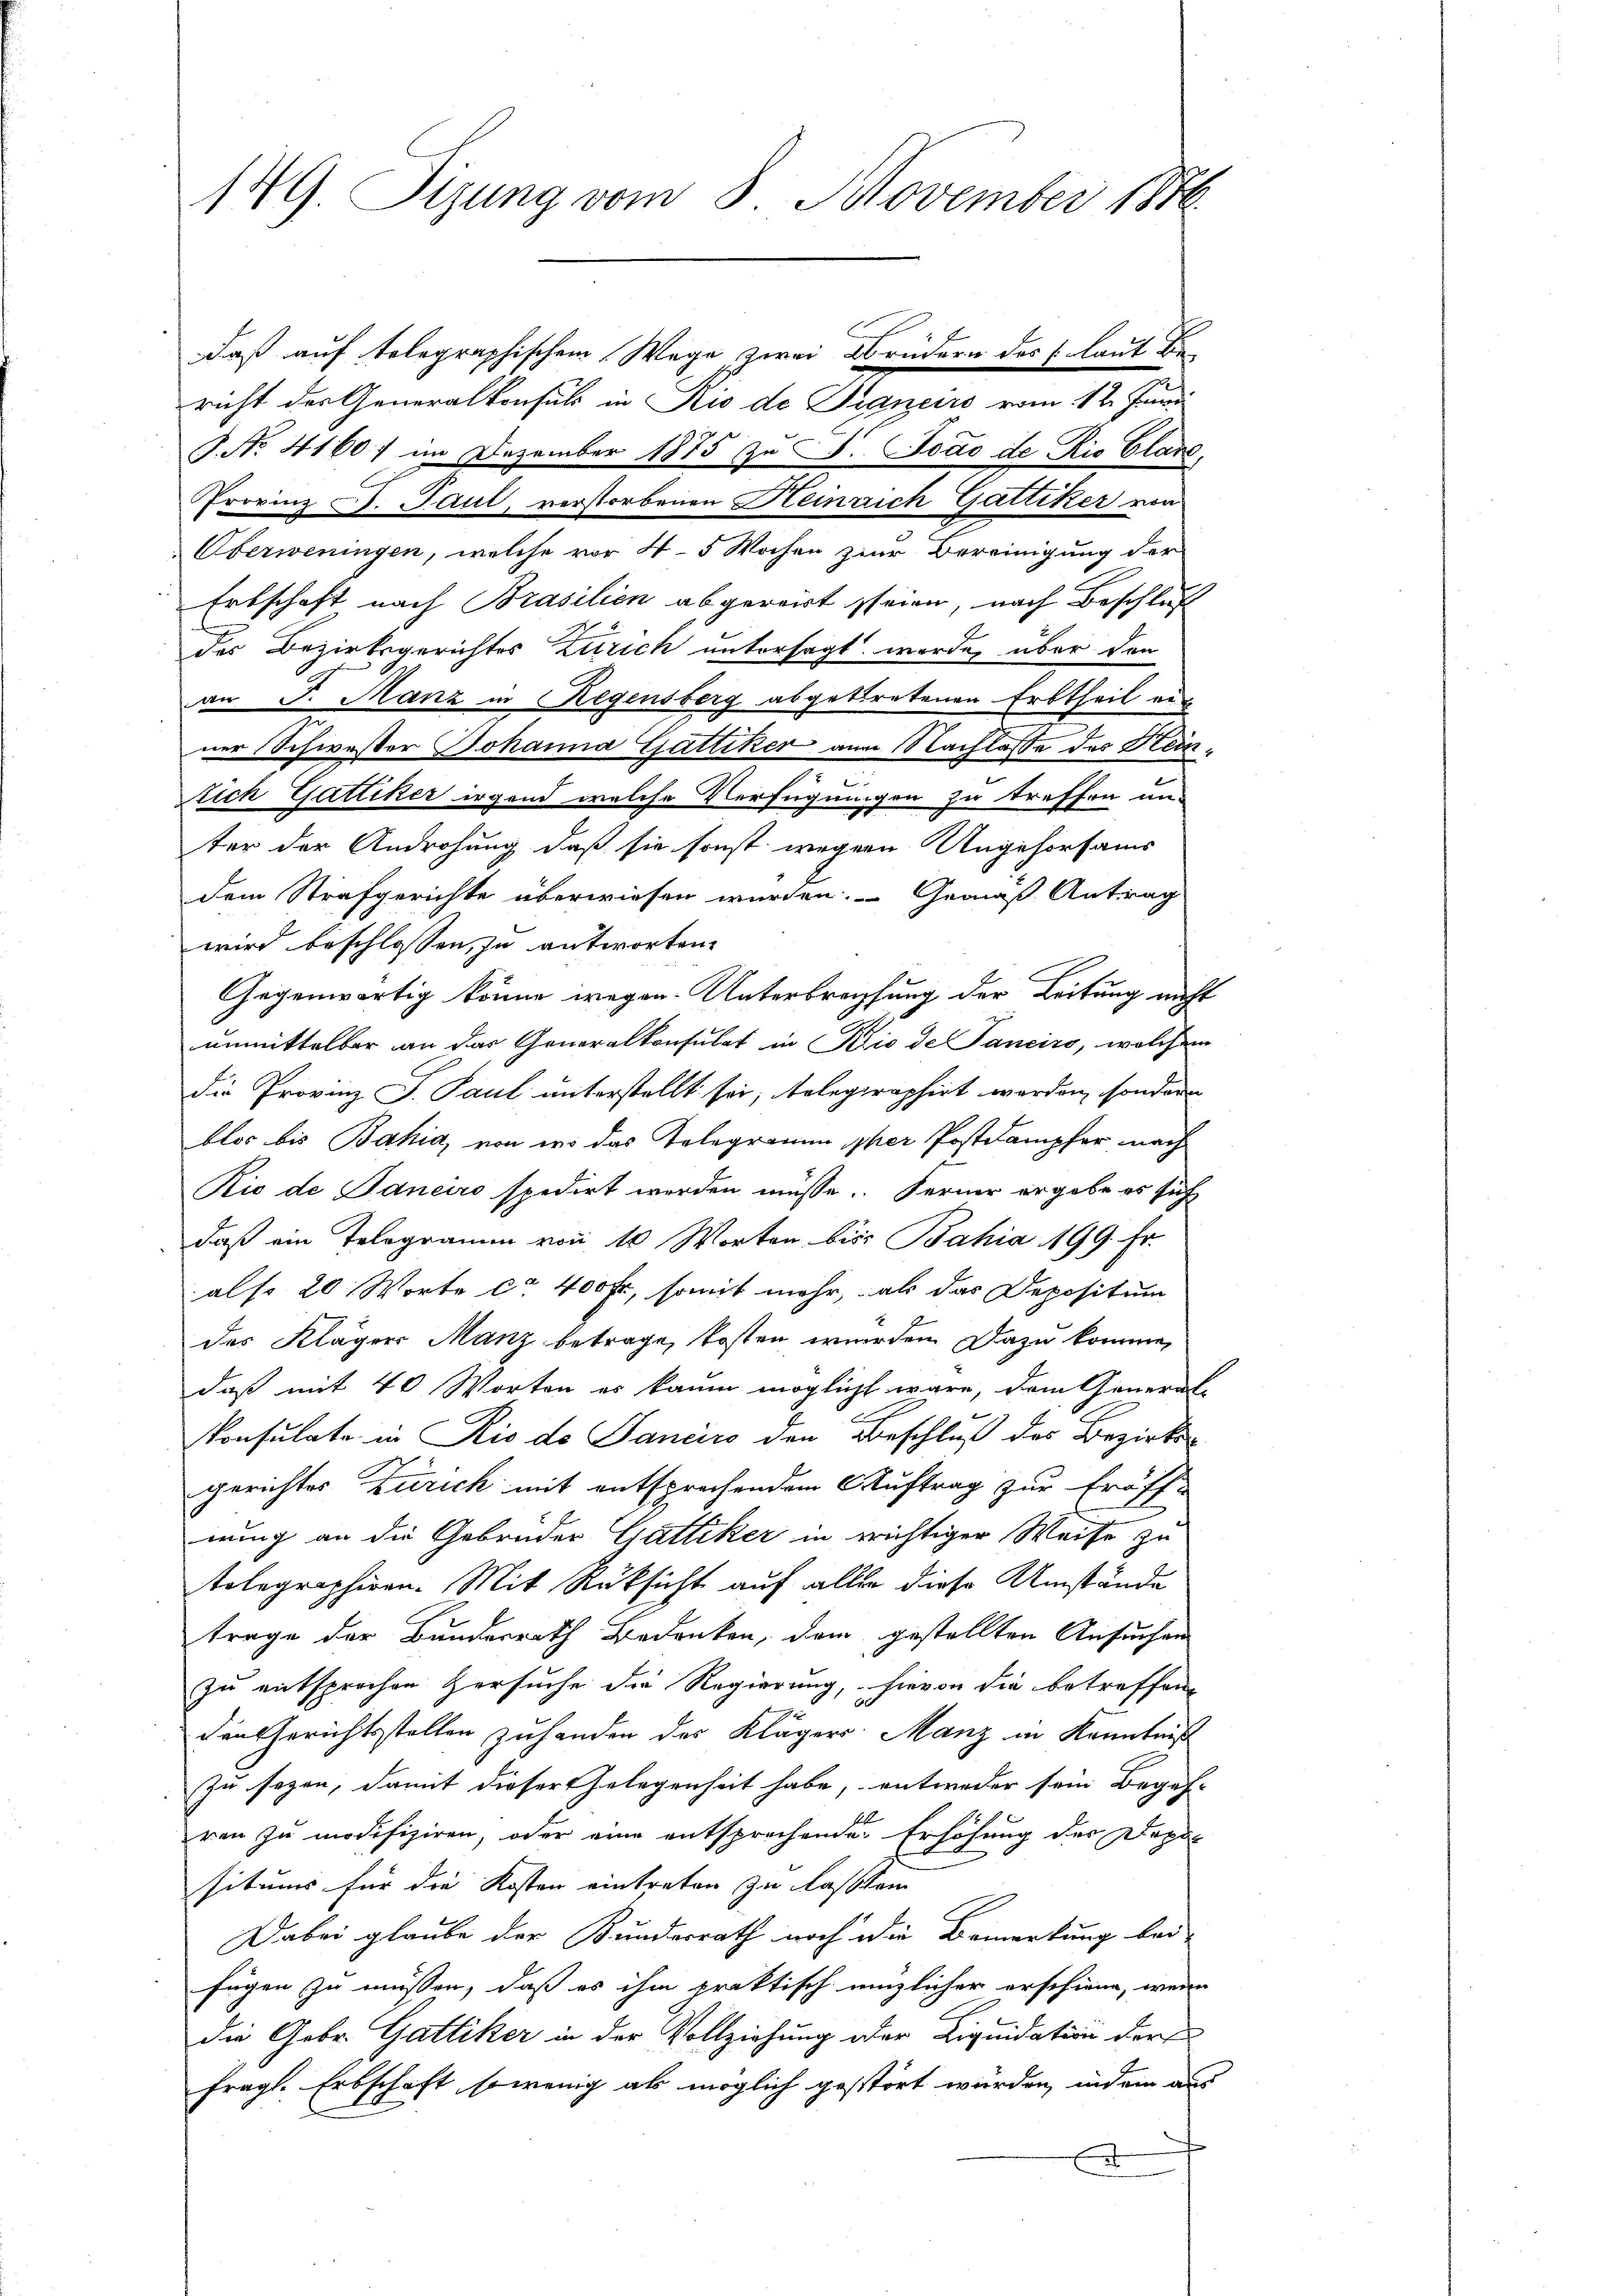
149. Sizung vom 8. November 1840

daß auf telegraphischem Wege zwei Abrüdern des 1 laut Bericht der Generalkonsuls in Rio de Signeiro vom 12. Junii
S. Nr. 4160) im Dezember 1875 zu S. Jodo de Rio Glarus
Provinz F. Paul, verstorbenen Heinrich Gattiker von
Oberweningen, welche vor 4-5 Wochen zum Bereinigung der
Erbschaft nach Brasilien abgereist seien, nach Beschluß
des Bezirksgerichtes Zürich untersagt werde, über den
an J. Manz in Regensberg abgetretenen Erbtheil aus
ner Schwester Johanna Gattiker vom Nachlasse des Hein¬
.
lich Gattiker irgend welche Verfügungen zu treffen un-
ter der Androhung, daß sie sonst wegen Ungehorsams
dem Strafgerichte überwiesen wurden. Gemäß Antrag
wird beschlossen, zu antworten.
Gegenwärtig könne wegen Unterbrechtung der Leitung nicht
unmittelbar an das Generalkonsulat in Krio de Pancirs, welchem
Die Provinz J. Paul unterstellt sei, telegraphirt werden, sondern
blos bis Bahia, von wo das Telegramm pher Postkampfer nach
Rio de Janeiro spedirt werden müsse. Ferner ergebe es sich
daß ein Telegramm von 10 Worten bis Bahia 199. Fr.
also 20 Worte ca 400 fr, somit mehr, als das Depositum
des Kläger Manz betrage, kosten wurden. Dazu komme,
daß mit 40 Worten es kaum möglicht wäre, dem General-
Konsulate in Rio de Sanciro den Beschluß des Bezirks-
gerichtes Zürich mit entsprechendem Auftrag zur Eröff-
nung an die Gebrüder Gattiker in richtiger Weise zu
tolographiren. Mit Rücksicht auf alle diese Umstände
trage der Bundesrath Bedenken, dem gestellten Ansuchen
zu entsprochen Zersuche die Regierung, hievon die betreffend
den Gerichtsstellen zuhanden des Klägers Manz in Kenntniß
zu sagen, damit dieser Gelegenheit habe, entweder sein Begeh-
ren zu modifiziren, oder eine entsprechende Erhöhung des Doppl
situms für die Kosten eintreten zu lassten
Dabei glaube der Bundesrath noch die Bemerkung bei
fügen zu müssen, daß es ihm praktisch einzlicher erschiene, wenn
die Gebr. Gattiker in der Vollziehung oder Liquidation der E
fragl. Erbschaft, sowenig als möglich gestört würden, indem aus
t